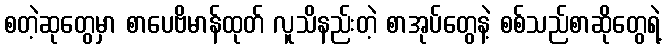
စတဲ့ဆုတွေမှာ စာပေဗိမာန်ထုတ် လူသိနည်းတဲ့ စာအုပ်တွေနဲ့ စစ်သည်စာဆိုတွေရဲ့